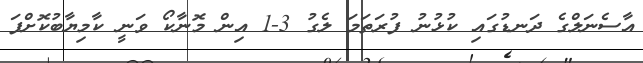
އާސެނަލްގެ ދަނޑުގައި ކުޅުނު ފުރަތަމަ ލެގު 3-1 އިން މޮނާކޯ ވަނީ ކާމިޔާބުކޮށްފަ